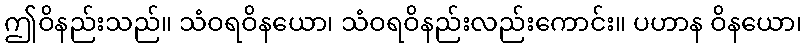
ဤဝိနည်းသည်။ သံဝရဝိနယော၊ သံဝရဝိနည်းလည်းကောင်း။ ပဟာန ဝိနယော၊